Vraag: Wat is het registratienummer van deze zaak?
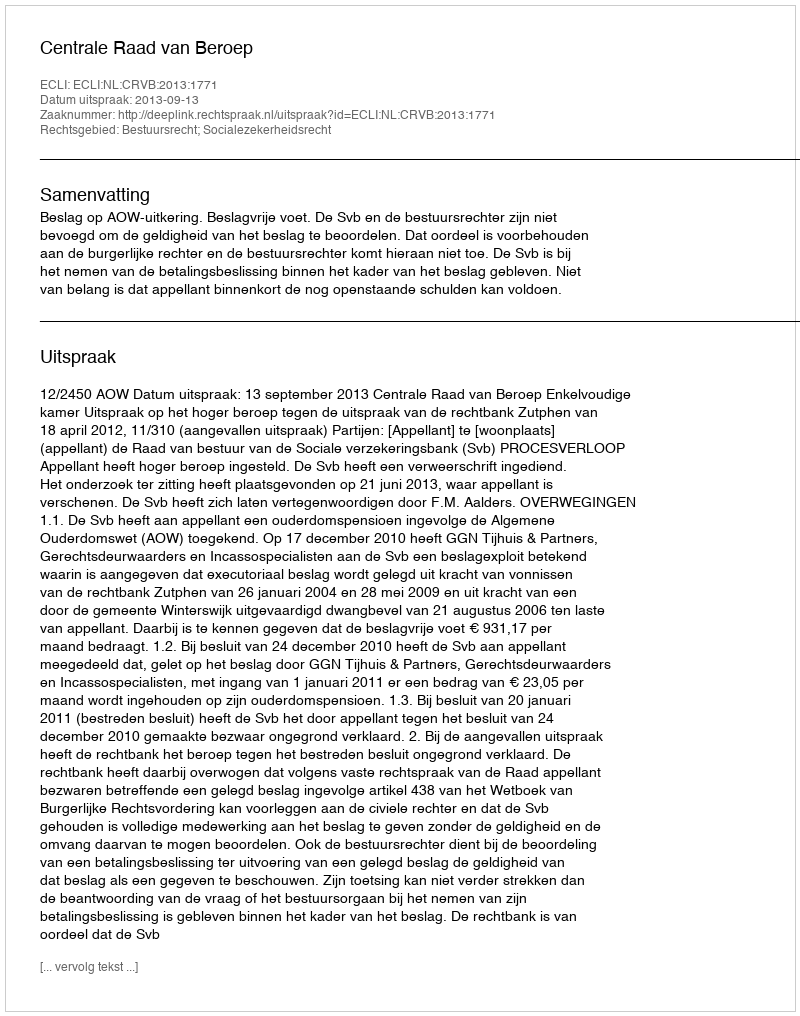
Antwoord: http://deeplink.rechtspraak.nl/uitspraak?id=ECLI:NL:CRVB:2013:1771